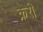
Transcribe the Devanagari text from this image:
क्रेरी